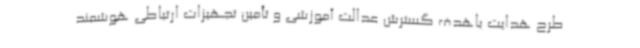
طرح هدایت باهدف گسترش عدالت آموزشی و تأمین تجهیزات ارتباطی هوشمند